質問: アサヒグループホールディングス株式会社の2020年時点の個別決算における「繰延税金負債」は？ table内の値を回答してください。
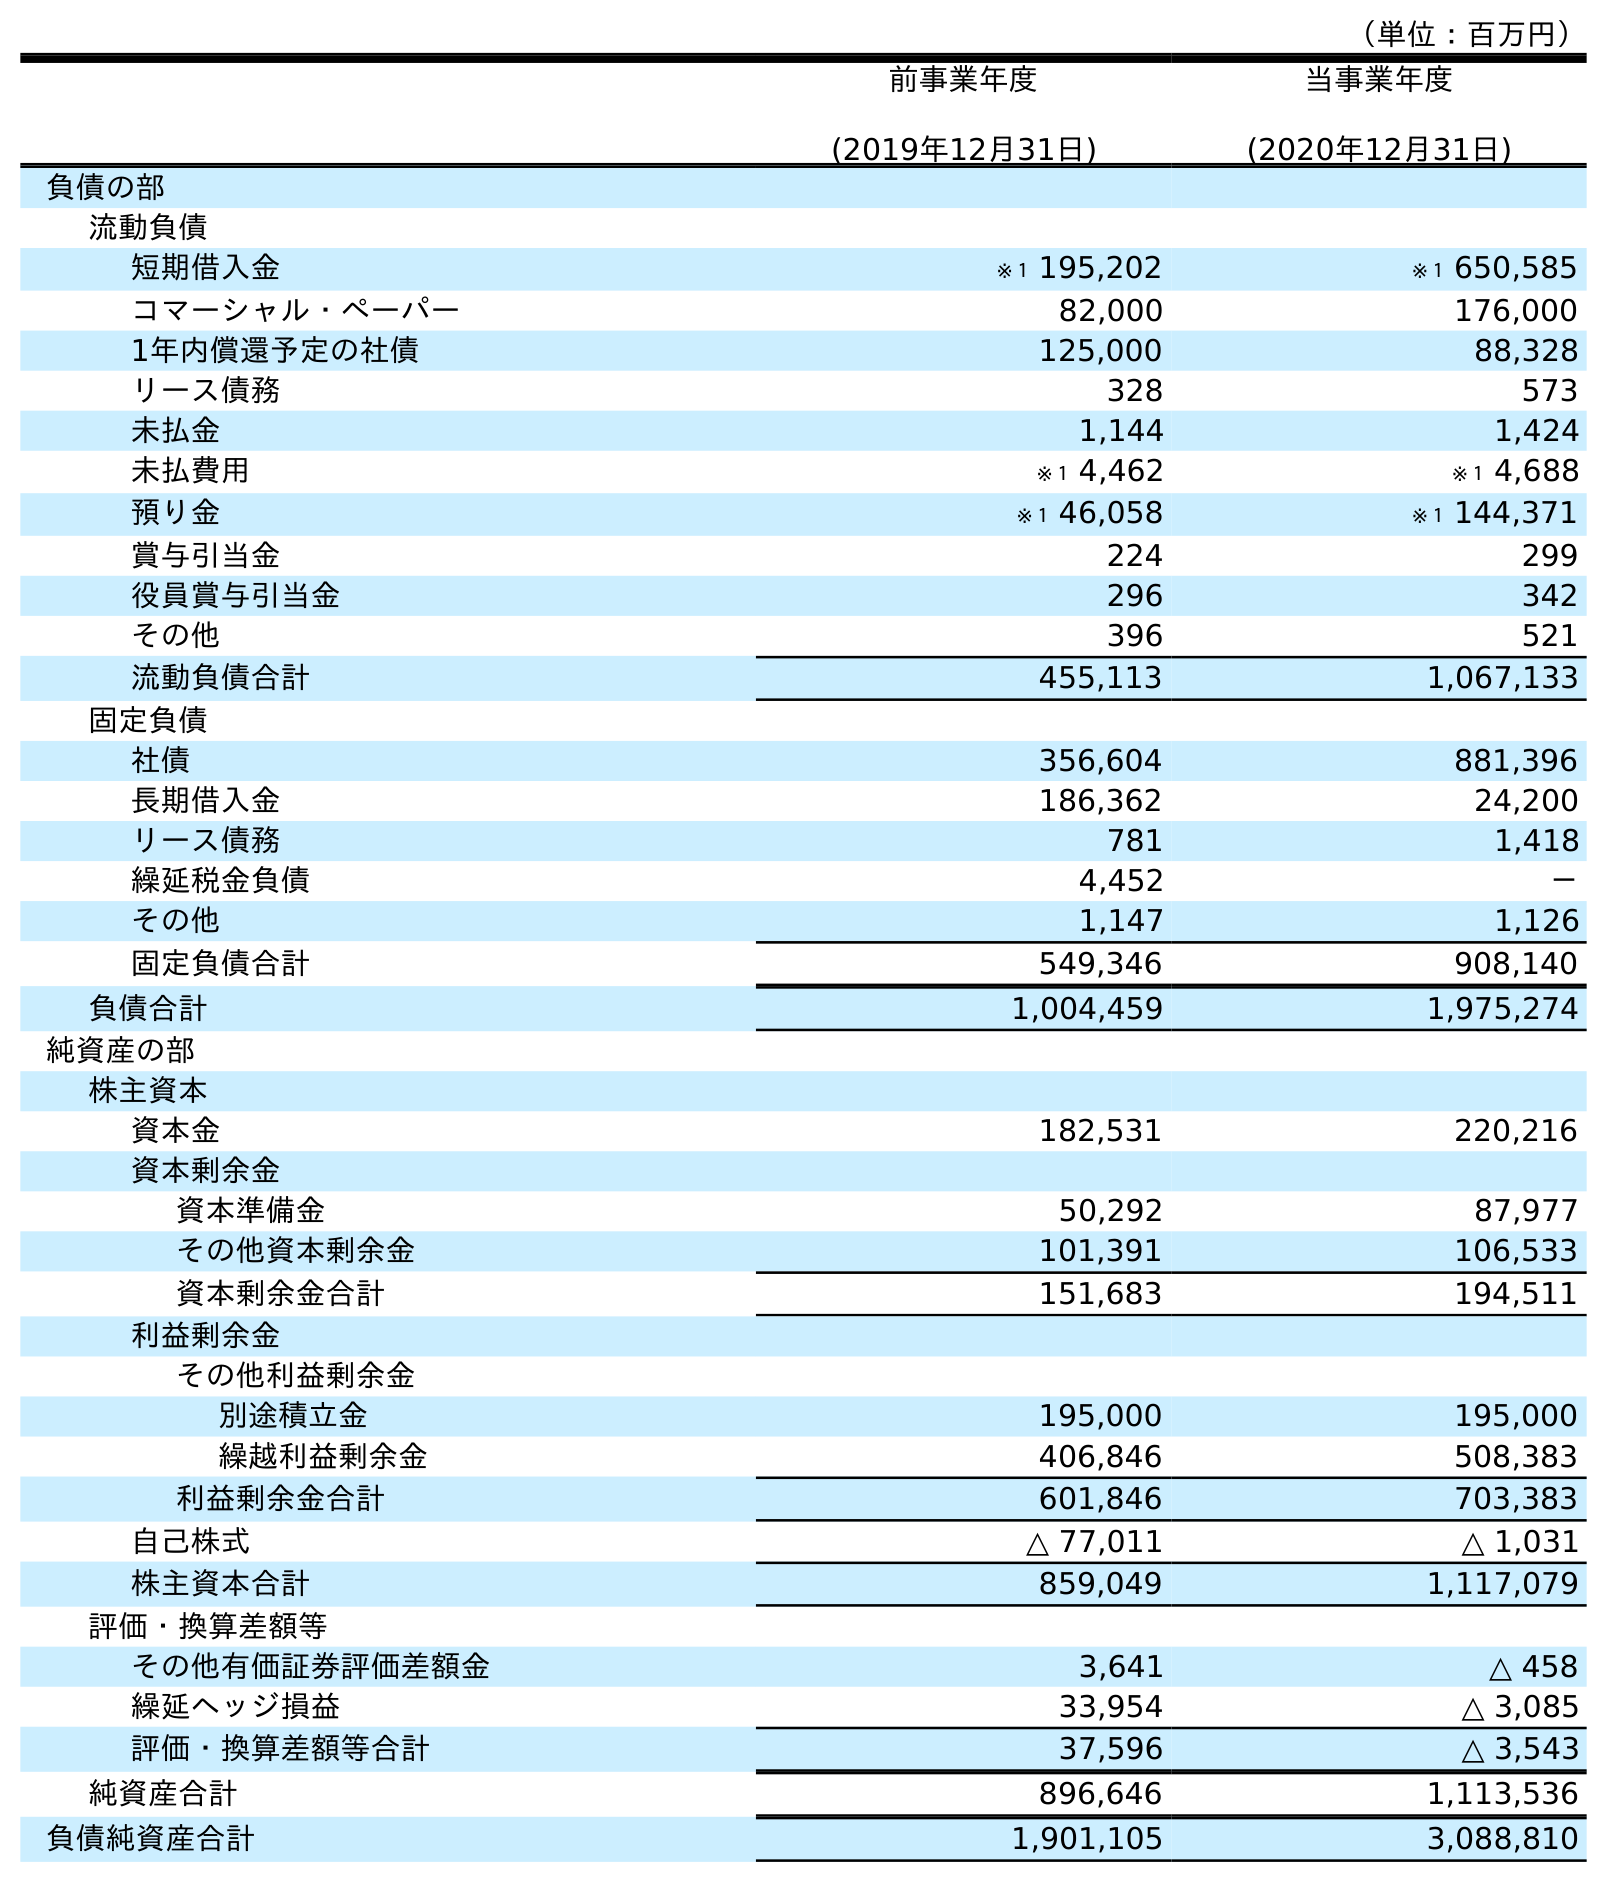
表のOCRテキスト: （単位：百万円） 前事業年度 (2019年12月31日) 当事業年度 (2020年12月31日) 負債の部 流動負債 短期借入金 ※１ 195,202 ※１ 650,585 コマーシャル・ペーパー 82,000 176,000 1年内償還予定の社債 125,000 88,328 リース債務 328 573 未払金 1,144 1,424 未払費用 ※１ 4,462 ※１ 4,688 預り金 ※１ 46,058 ※１ 144,371 賞与引当金 224 299 役員賞与引当金 296 342 その他 396 521 流動負債合計 455,113 1,067,133 固定負債 社債 356,604 881,396 長期借入金 186,362 24,200 リース債務 781 1,418 繰延税金負債 4,452 － その他 1,147 1,126 固定負債合計 549,346 908,140 負債合計 1,004,459 1,975,274 純資産の部 株主資本 資本金 182,531 220,216 資本剰余金 資本準備金 50,292 87,977 その他資本剰余金 101,391 106,533 資本剰余金合計 151,683 194,511 利益剰余金 その他利益剰余金 別途積立金 195,000 195,000 繰越利益剰余金 406,846 508,383 利益剰余金合計 601,846 703,383 自己株式 △ 77,011 △ 1,031 株主資本合計 859,049 1,117,079 評価・換算差額等 その他有価証券評価差額金 3,641 △ 458 繰延ヘッジ損益 33,954 △ 3,085 評価・換算差額等合計 37,596 △ 3,543 純資産合計 896,646 1,113,536 負債純資産合計 1,901,105 3,088,810
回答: －